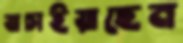
যাচাইয়াছেন